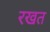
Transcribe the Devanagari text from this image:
रखत